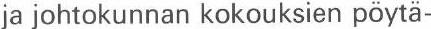
ja johtokunnan kokouksien pöytä-